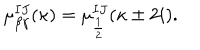
LaTeX: \mu _ { \beta \gamma } ^ { I J } ( \kappa ) = \mu _ { \frac 1 2 } ^ { I J } ( \kappa \pm 2 i ) .